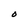
Character: O